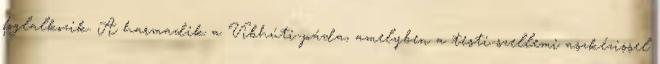
foglalkozik. A harmadik a Vibhúti-páda, amelyben a testi-szellemi aszkézissel